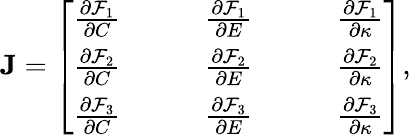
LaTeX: \textbf{J}=\left[\begin{array}{ccccccc}{\frac{\partial\mathcal{F}_{1}}{\partial C}}&&&{\frac{\partial\mathcal{F}_{1}}{\partial E}}&&&{\frac{\partial\mathcal{F}_{1}}{\partial\kappa}}\\ {\frac{\partial\mathcal{F}_{2}}{\partial C}}&&&{\frac{\partial\mathcal{F}_{2}}{\partial E}}&&&{\frac{\partial\mathcal{F}_{2}}{\partial\kappa}}\\ {\frac{\partial\mathcal{F}_{3}}{\partial C}}&&&{\frac{\partial\mathcal{F}_{3}}{\partial E}}&&&{\frac{\partial\mathcal{F}_{3}}{\partial\kappa}}\end{array}\right],